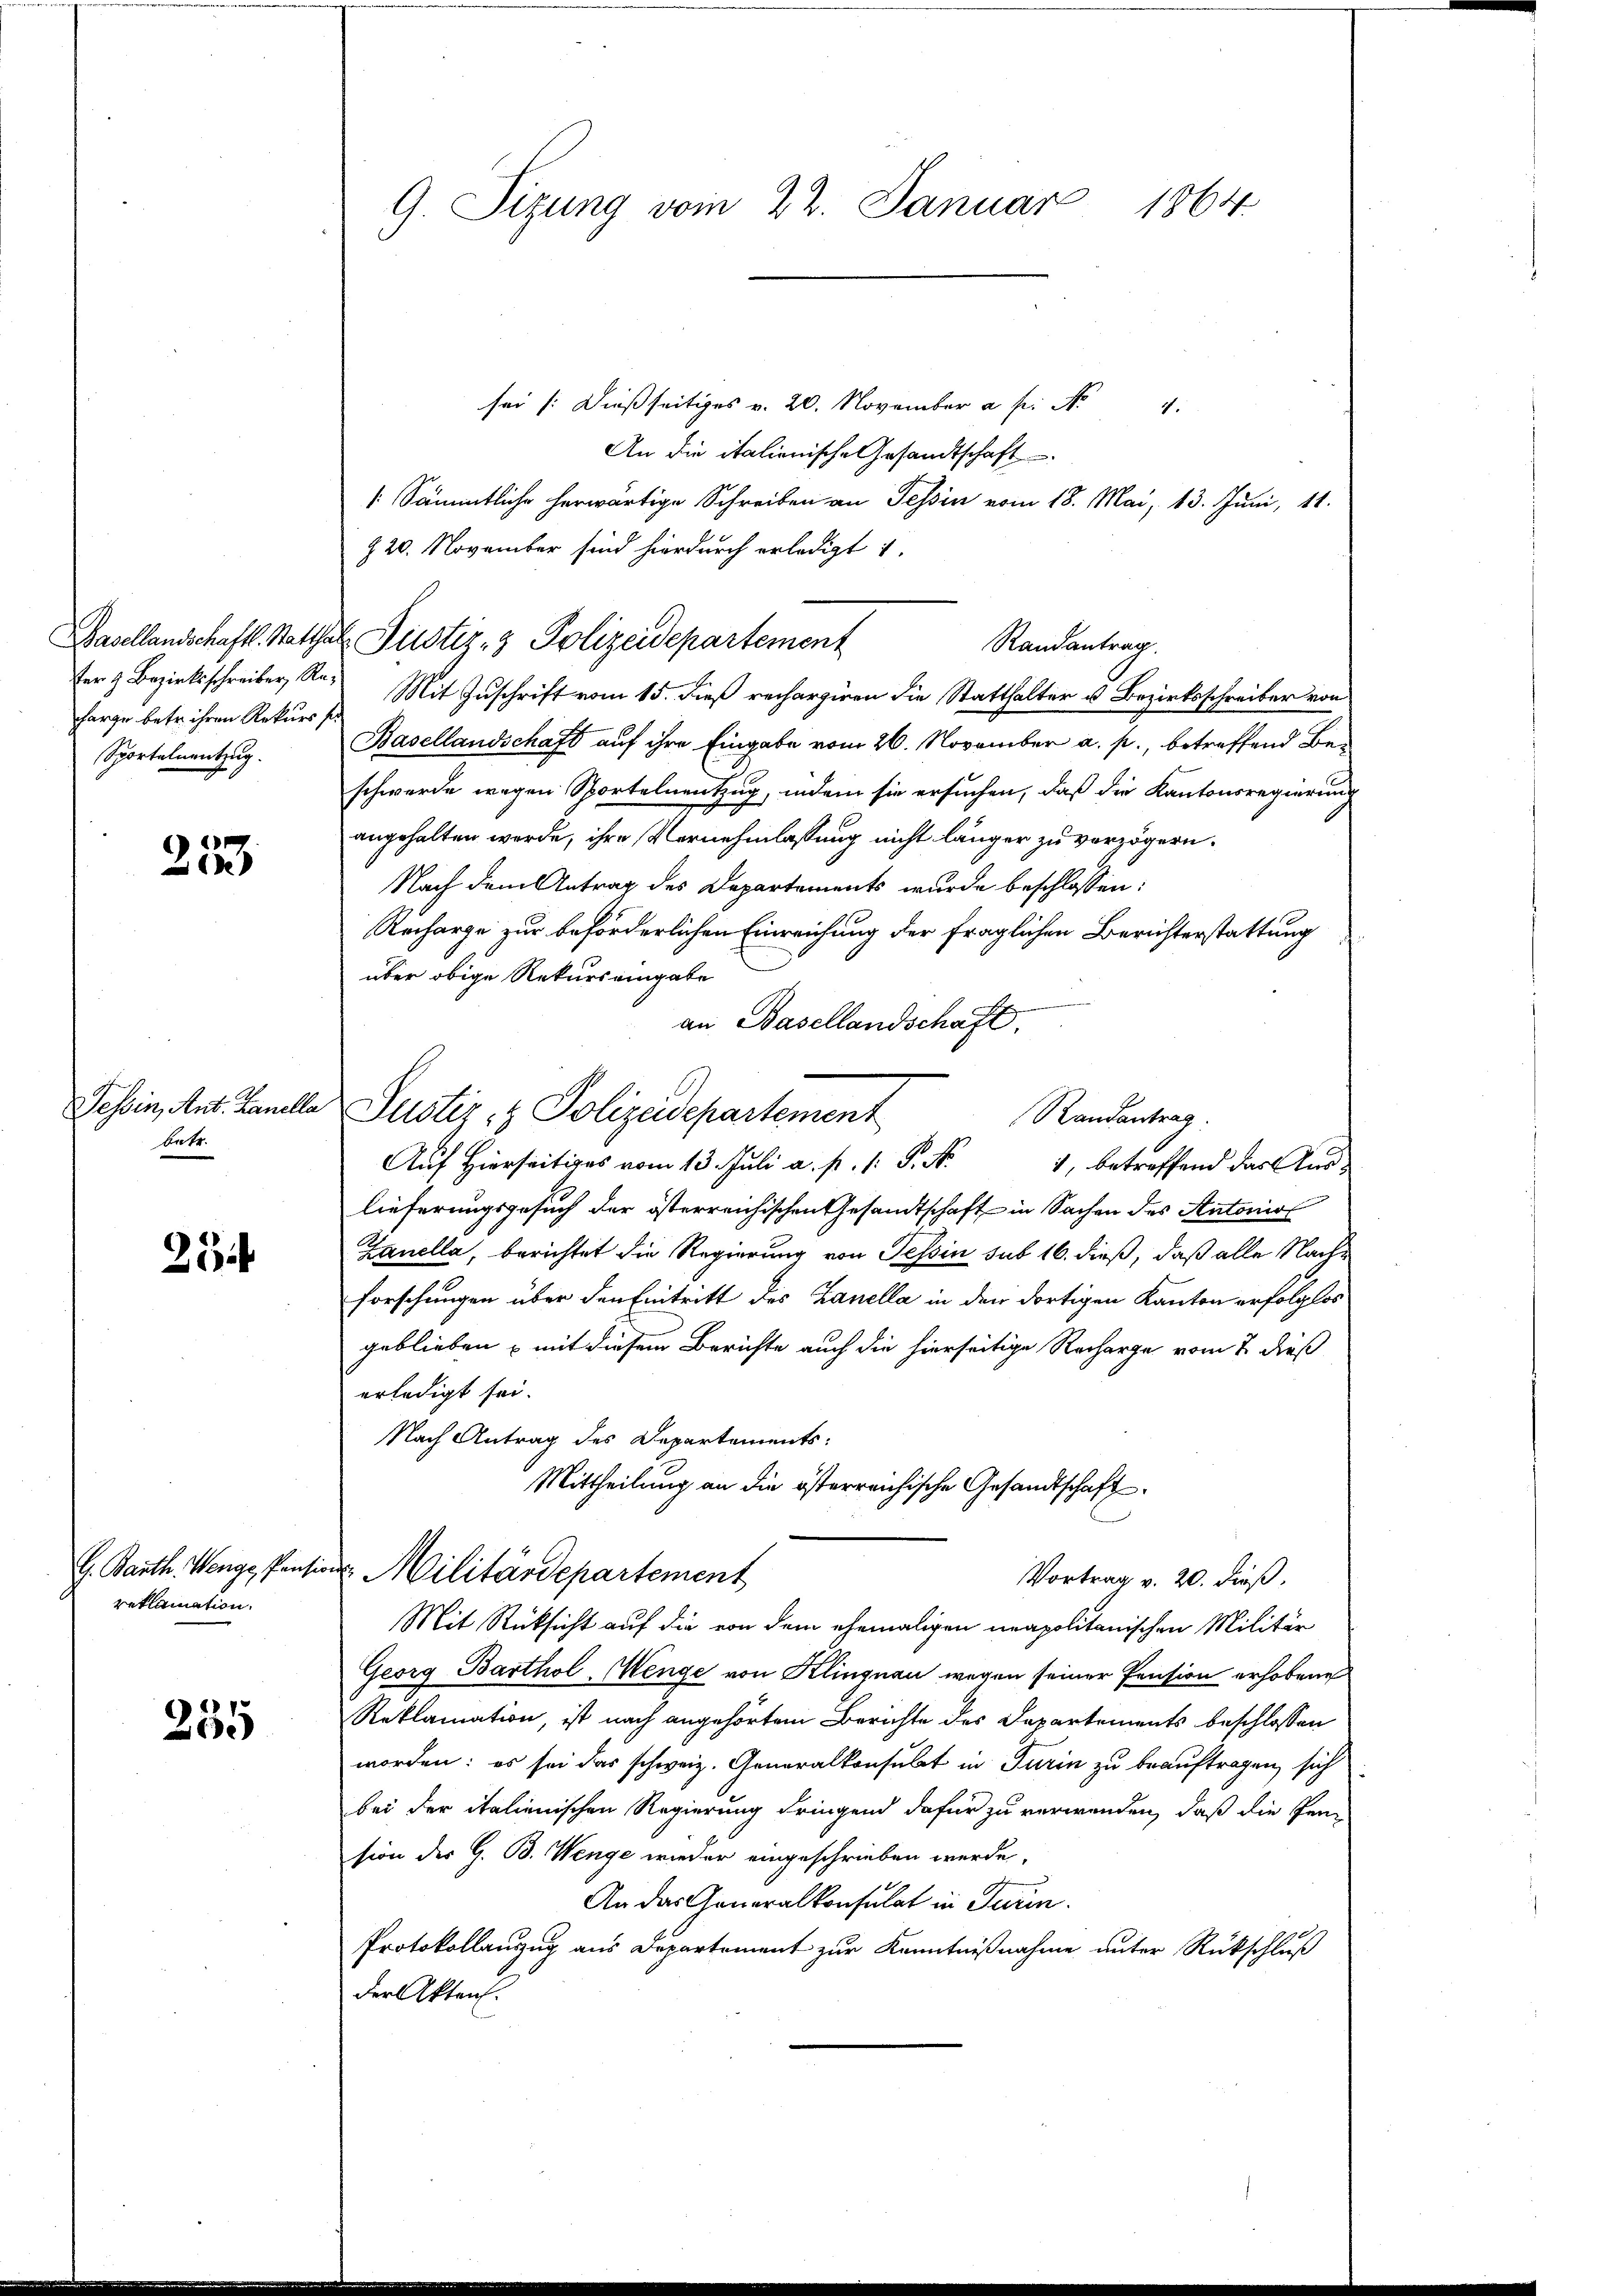
harge betr. ihren Rekurs se
Sportelnentzug.

257

betr.

21

reklamation.

255

sei /: dießseitiges v. 20. November a. p. Nr. 4.
An die italienische Gesandtschaft
/. Sämmtliche herwärtige Schreiben an Tessin vom 18. Mai, 13. Juni, 11.
220. November sind hierdurch erledigt 1.
Basellandschaftl. Statthal Justiz- & Polizeidepartement
Randantrag
fer Bezirksschreiber, Ra. Mit Zuschrift vom 15. dieß rechargiren die Statthalter u. Bezirksschreiber von
Basellandschaft auf ihre Eingabe vom 26. November a. p., betreffend Beschwerde wegen Sportelnentzug, indem sie ersuchen, daß die Kantonsregierung
angehalten werde, ihre Vernehmlassung nicht länger zu verzögern.
Nach dem Antrag des Departements wurde beschlossen:
Recharge zur beförderlichen Einreichung der fraglichen Berichterstattung
über obige Rekurs eingabe
an Basellandschaft.
Tessin, Ant. Ganelle Justiz- & Polizeidepartement
Randantrag
Auf Hierseitiges vom 13. Juli a. p. 1. P. Nr.
1, betreffend das Auslieferungsgesuch der österreichischen Gesandtschaft in Sachen des Antonis
Zanella, berichtet die Regierung von Tessin sub 16. dieß, daß alle Nachforschungen über den Eintritt des Zanella in den dortigen Kanton erfolglos
geblieben – mit diesem Berichte auch die hierseitige Recharge vom 2. dieß
erledigt sei.
Nach Antrag des Departements:
Mittheilung an die österreichische Gesandtschaft
G. Barth. Wenge Pensions Militärdepartement
Vortrag v. 20. dieß,
Mit Rücksicht auf die von dem ehemaligen neapolitanischen Militär
Georg Barthol-Menge von Klingnau wegen seiner Pension erhobenen
Reklamation, ist nach angehörtem Berichte des Departements beschlossen
worden: es sei das schweiz. Generalkonsulat in Turin zu beauftragen, sich
bei der italienischen Regierung dringend dafür zu verwanden, daß die Pension des G. B. Wenge wieder eingeschrieben werde,
An das Generalkonsulat in Turin.
Protokollanzug aus Departement zur Kenntnißnahme unter Rückschluß
der Akten.

G. Sizung vom 22. Januar 1864